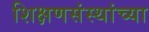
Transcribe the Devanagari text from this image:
शिक्षणसंस्थांच्या